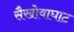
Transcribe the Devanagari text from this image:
सैखोवाघाट